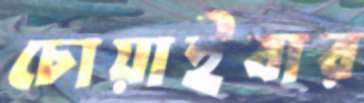
চোয়াইবার